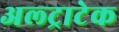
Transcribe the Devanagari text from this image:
अल्‍ट्राटेक